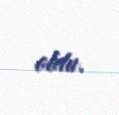
oldu.